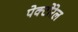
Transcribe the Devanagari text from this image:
पेक्टोरेल